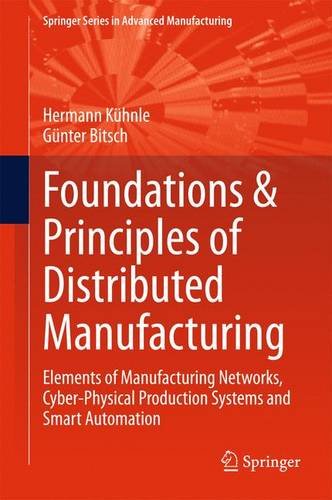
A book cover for Foundations & Principles of Distributed Manufacturing: Elements of Manufacturing Networks, Cyber-Physical Production Systems and Smart Automation (Springer Series in Advanced Manufacturing); Hermann KÃ¼hnle; Computers & Technology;